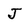
Character: j